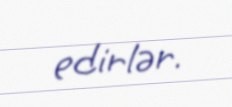
edirlər.